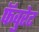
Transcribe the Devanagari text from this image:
फॅवुरेट